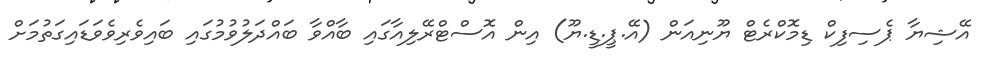
އޭޝިޔާ ޕެސިފިކް ޑިމޮކްރެޓް ޔޫނިއަން (އޭ.ޕީ.ޑީ.ޔޫ) އިން އޮސްޓްރޭލިއާގައި ބާއްވާ ބައްދަލުވުމުގައި ބައިވެރިވެވަޑައިގަތުމަށް